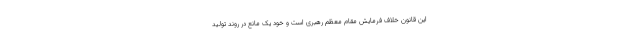
این قانون خلاف فرمایش مقام معظم رهبری است و خود یک مانع در روند تولید